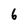
Character: 6